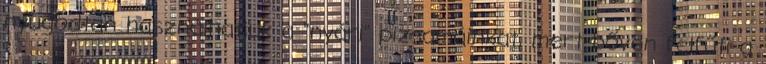
nyugodtan használhatjuk a "nyári" pizsamáinkat, mert bőven felfűti a